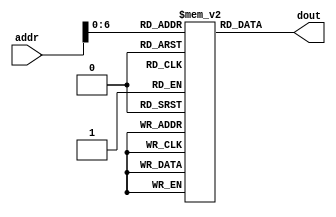
module im_4K( addr, dout);
    input [29:0] addr;
    output  [31:0] dout;
    
    reg [31:0] imem[127:0];
  
//code initial  here
//initial
//begin
//
//end

assign  dout = imem[addr];
    
endmodule